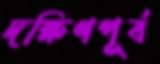
দক্ষিণপূর্ব